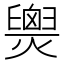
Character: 𤐫